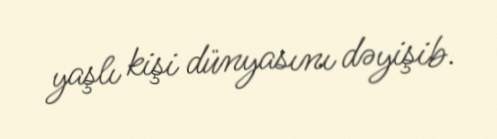
yaşlı kişi dünyasını dəyişib.